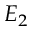
E _ { 2 }